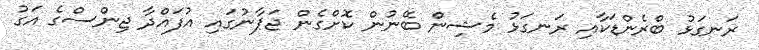
ރަނގަޅު ބްރެންޑަކާއި ރަނގަޅު މެޝިން ބޭނުން ކޮށްގެން ޖަޕާނުގައި އުފައްދާ ޖިންސްގެ އަގު